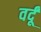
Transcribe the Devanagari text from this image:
वर्दूं